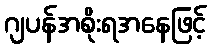
ဂျပန်အစိုးရအနေဖြင့်